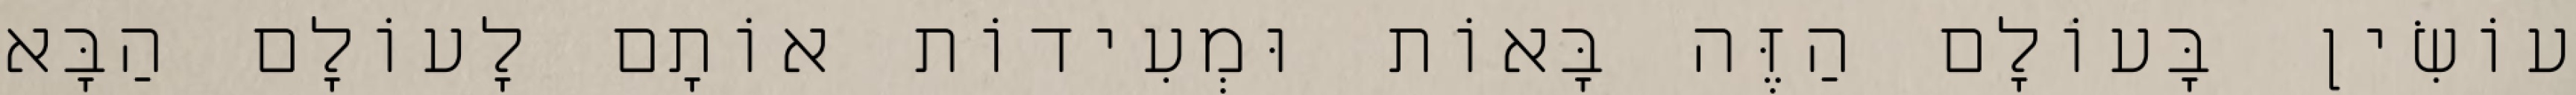
עוֹשִׂין בָּעוֹלָם הַזֶּה בָּאוֹת וּמְעִידוֹת אוֹתָם לָעוֹלָם הַבָּא